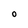
Character: O